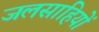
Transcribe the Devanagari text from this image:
जलसाहियों